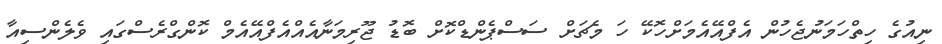
ނިއުގެ ހިތްހަމަނުޖެހުން އެފްއޭއެމަށްހޮކޭ ހަ މެޗަށް ސަސްޕެންޑްކޮށް ބޮޑު ޖޫރިމަނާއެއްއެފްއޭއެމް ކޮންގްރެސްގައި ވެލެންސިއާ